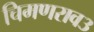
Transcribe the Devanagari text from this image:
चिमणराव३